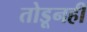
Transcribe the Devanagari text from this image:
तोडूनही